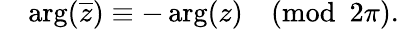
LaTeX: \quad\arg({\overline{{z}}})\equiv-\arg(z){\pmod{2\pi}}.